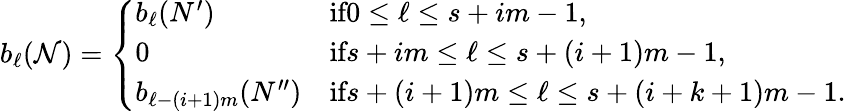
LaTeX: b_{\ell}(\mathcal{N})=\left\{ \begin{array}{ll}{b_{\ell}(N^{\prime})}&{\textrm{if}0\le\ell\le s+im-1,}\\ {0}&{\textrm{if}s+im\le\ell\le s+(i+1)m-1,}\\ {b_{\ell-(i+1)m}(N^{\prime\prime})}&{\textrm{if}s+(i+1)m\le\ell\le s+(i+k+1)m-1.}\end{array}\right.